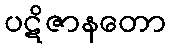
ပဋိဇာနတော